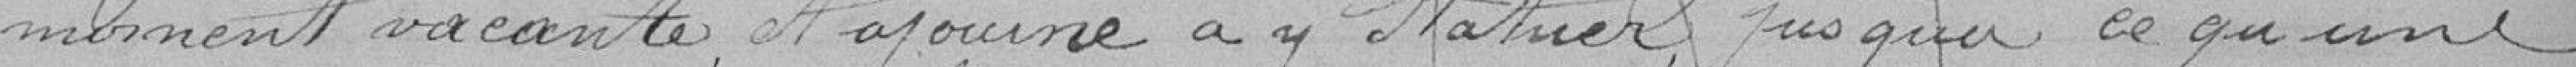
moment vacante, et ajourne a y statuer, jusqu'à ce qu'une